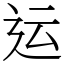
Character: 运